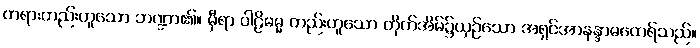
တရားတည်းဟူသော ဘဏ္ဍာ၏။ မှီရာ ပါဠိဓမ္မ တည်းဟူသော တိုက်အိမ်၌ယှဉ်သော အရှင်အာနန္ဒာမထေရ်သည်။